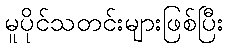
မူပိုင်သတင်းများဖြစ်ပြီး